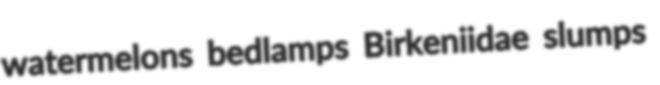
watermelons bedlamps Birkeniidae slumps